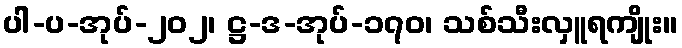
ပါ-ပ-အုပ်-၂၀၂၊ ဋ္ဌ-ဒ-အုပ်-၁၇၀၊ သစ်သီးလှူရကျိုး။